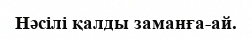
Нәсілі қалды заманға-ай.